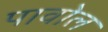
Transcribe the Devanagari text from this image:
पावोल